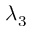
\lambda _ { 3 }